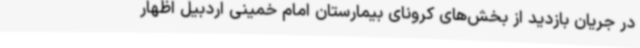
در جریان بازدید از بخش‌های کرونای بیمارستان امام خمینی اردبیل اظهار